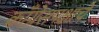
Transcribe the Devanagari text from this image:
काँग्रेसपक्षाचे